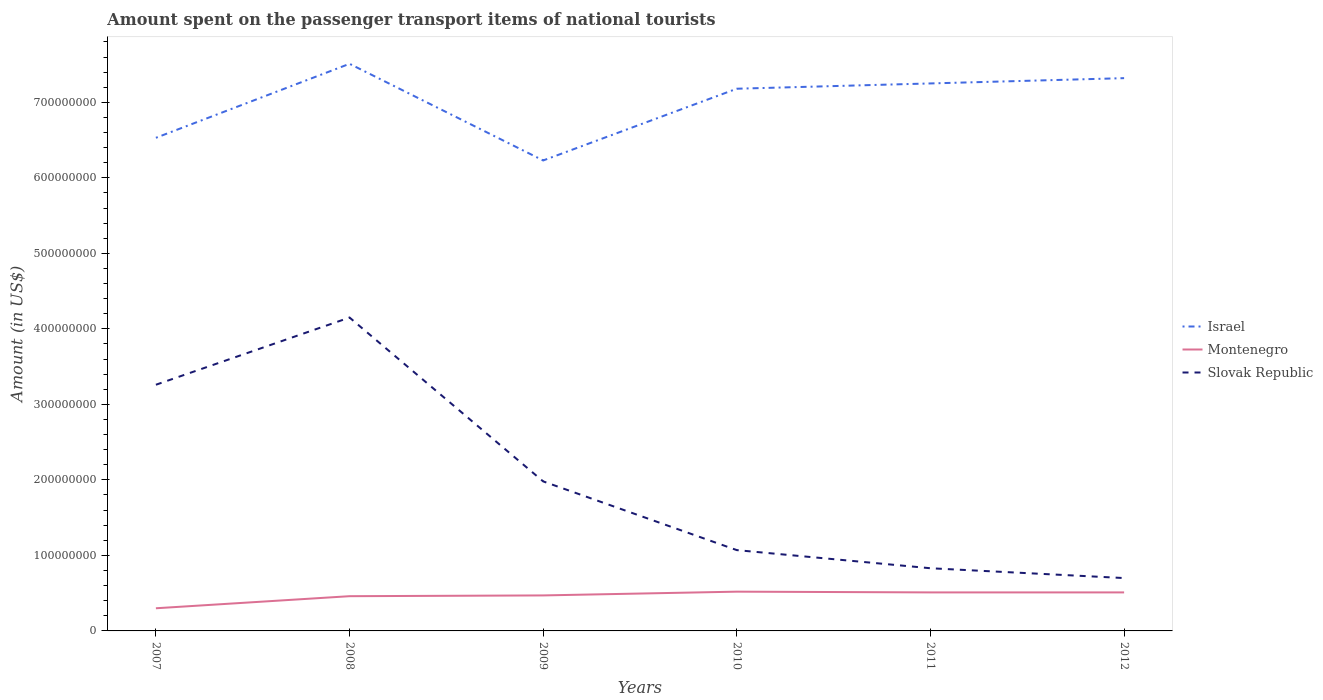
| Years | Israel | Montenegro | Slovak Republic |
 | --- | --- | --- | --- |
 | 2007 | 6.53e+08 | 3e+07 | 3.26e+08 |
 | 2008 | 7.51e+08 | 4.6e+07 | 4.15e+08 |
 | 2009 | 6.23e+08 | 4.7e+07 | 1.98e+08 |
 | 2010 | 7.18e+08 | 5.2e+07 | 1.07e+08 |
 | 2011 | 7.25e+08 | 5.1e+07 | 8.3e+07 |
 | 2012 | 7.32e+08 | 5.1e+07 | 7e+07 |